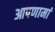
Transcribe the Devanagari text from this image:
आपणामां